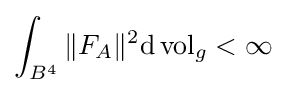
\int _{B^{4}}\|F_{A}\|^{2}\mathrm {d} \operatorname {vol} _{g}<\infty